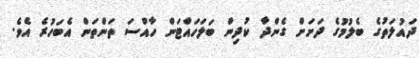
ދައުލަތުގެ ބެލުމުގެ ދަށަށް ގެންދާ ކުދިން ބަލަހައްޓަން ހާއްސަ ތަންތަން އެބަހުރެ އެވެ.